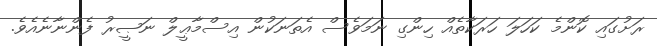
ރަށުގައި ކޮންމެ ކަހަލަ ހަރަކާތެއް ހިންގި ނަމަވެސް އެތަނަކުން އިސްމާޢީލް ނަޞީރު ފެންނާނެއެވެ.